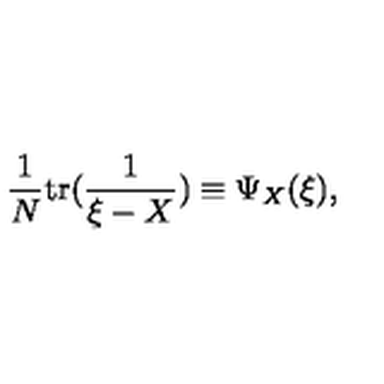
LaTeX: { \frac { 1 } { N } } \mathrm { { t r } } ( { \frac { 1 } { \xi - X } } ) \equiv \Psi _ { X } ( \xi ) ,